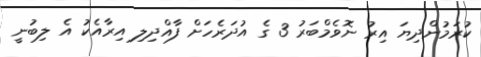
ކުރަމުންދިޔަ އިރު ނޮވެމްބަރު 3 ގެ އުދަރެހަށް ފާއްދިލި އިރާއެކު އެ ލިބުނީ